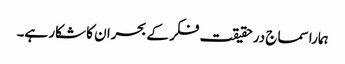
ہمارا سماج درحقیقت فکر کے بحران کا شکار ہے۔